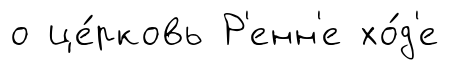
о це́рковь Р'енн'е хо́д'е